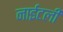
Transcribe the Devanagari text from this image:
नाईटली